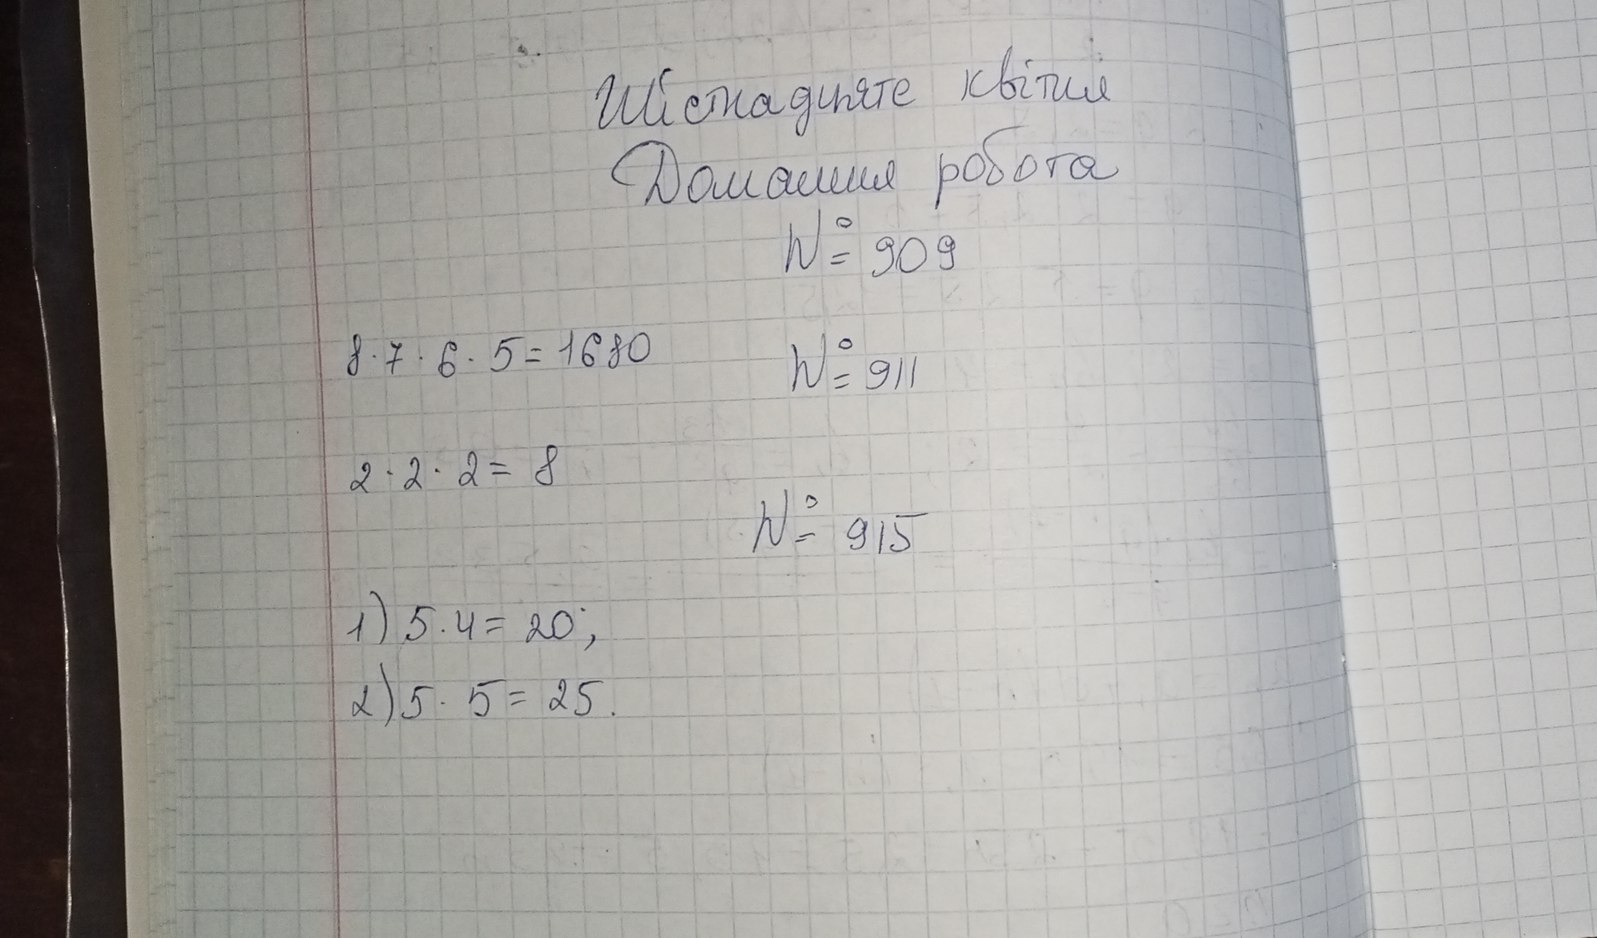
Шістнадцяте квітня
Домашня робота
№ 909
8 * 7 * 6 * 5 = 1680
№ 911
2 * 2 * 2 = 8
№ 915
1) 5 * 4 = 20;
2) 5 * 5 = 25.